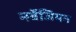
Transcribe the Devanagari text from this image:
नर्वेजियन